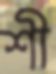
শী